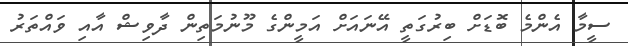
ސީމާ އެންމެ ބޮޑަށް ބިރުގަތީ އޭނައަށް އަމީންގެ މޫނުމަތިން ދާވިޝް އާއި ވައްތަރު